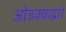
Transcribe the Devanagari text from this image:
ओंडक्याद्वारे